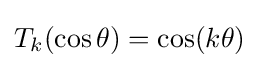
T_{k}(\cos \theta )=\cos(k\theta )